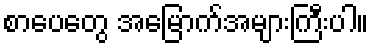
စာပေတွေ အမြောက်အများကြီးပါ။